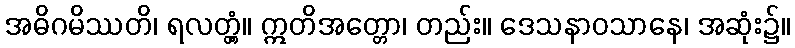
အဓိဂမိဿတိ၊ ရလတ္တံ့။ ဣတိအတ္တော၊ တည်း။ ဒေသနာဝသာနေ၊ အဆုံး၌။